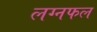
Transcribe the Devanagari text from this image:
लग्नफल